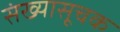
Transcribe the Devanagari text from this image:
संख्यासूचक